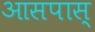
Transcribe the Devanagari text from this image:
आसपास्